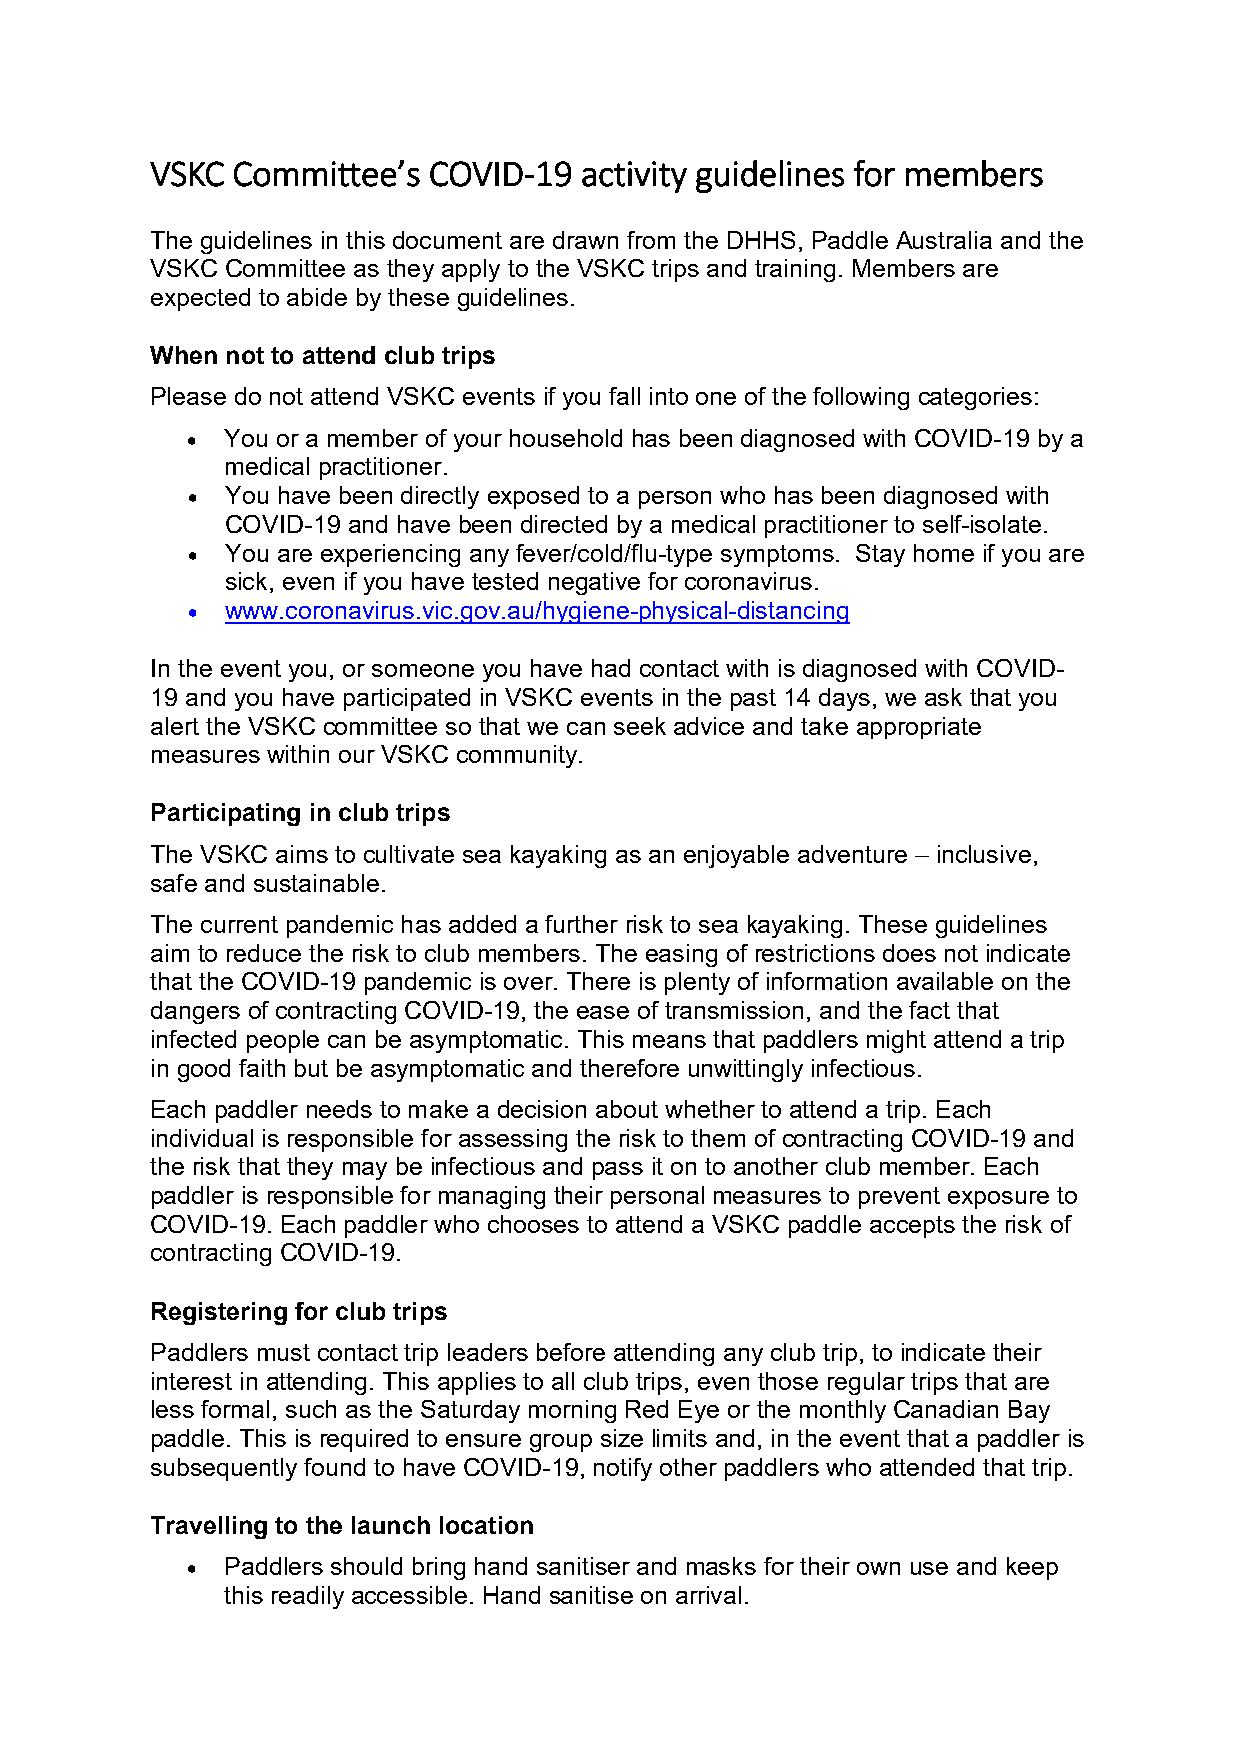
VSKC Committee’s  COVID-19  activity guidelines for members
 The guidelines in this document are drawn from the DHHS, Paddle Australia and the
 VSKC Committee as they apply to the VSKC trips and training. Members are
 expected to abide by these guidelines.
 When not to attend club trips
 Please do not attend VSKC events if you fall into one of the following categories:
 •  You or a member of your household has been diagnosed with COVID-19 by a
 medical practitioner.
 •  You have been directly exposed to a person who has been diagnosed with
 COVID-19 and have been directed by a medical practitioner to self-isolate.
 •  You are experiencing any fever/cold/flu-type symptoms. Stay home if you are
 sick, even if you have tested negative for coronavirus.
 •  www.coronavirus.vic.gov.au/hygiene-physical-distancing
 In the event you, or someone you have had contact with is diagnosed with COVID-
 19 and you have participated in VSKC events in the past 14 days, we ask that you
 alert the VSKC committee so that we can seek advice and take appropriate
 measures within our VSKC community.
 Participating in club trips
 The VSKC aims to cultivate sea kayaking as an enjoyable adventure – inclusive,
 safe and sustainable.
 The current pandemic has added a further risk to sea kayaking. These guidelines
 aim to reduce the risk to club members. The easing of restrictions does not indicate
 that the COVID-19 pandemic is over. There is plenty of information available on the
 dangers of contracting COVID-19, the ease of transmission, and the fact that
 infected people can be asymptomatic. This means that paddlers might attend a trip
 in good faith but be asymptomatic and therefore unwittingly infectious.
 Each paddler needs to make a decision about whether to attend a trip. Each
 individual is responsible for assessing the risk to them of contracting COVID-19 and
 the risk that they may be infectious and pass it on to another club member. Each
 paddler is responsible for managing their personal measures to prevent exposure to
 COVID-19. Each paddler who chooses to attend a VSKC paddle accepts the risk of
 contracting COVID-19.
 Registering for club trips
 Paddlers must contact trip leaders before attending any club trip, to indicate their
 interest in attending. This applies to all club trips, even those regular trips that are
 less formal, such as the Saturday morning Red Eye or the monthly Canadian Bay
 paddle. This is required to ensure group size limits and, in the event that a paddler is
 subsequently found to have COVID-19, notify other paddlers who attended that trip.
 Travelling to the launch location
 •  Paddlers should bring hand sanitiser and masks for their own use and keep
 this readily accessible. Hand sanitise on arrival.